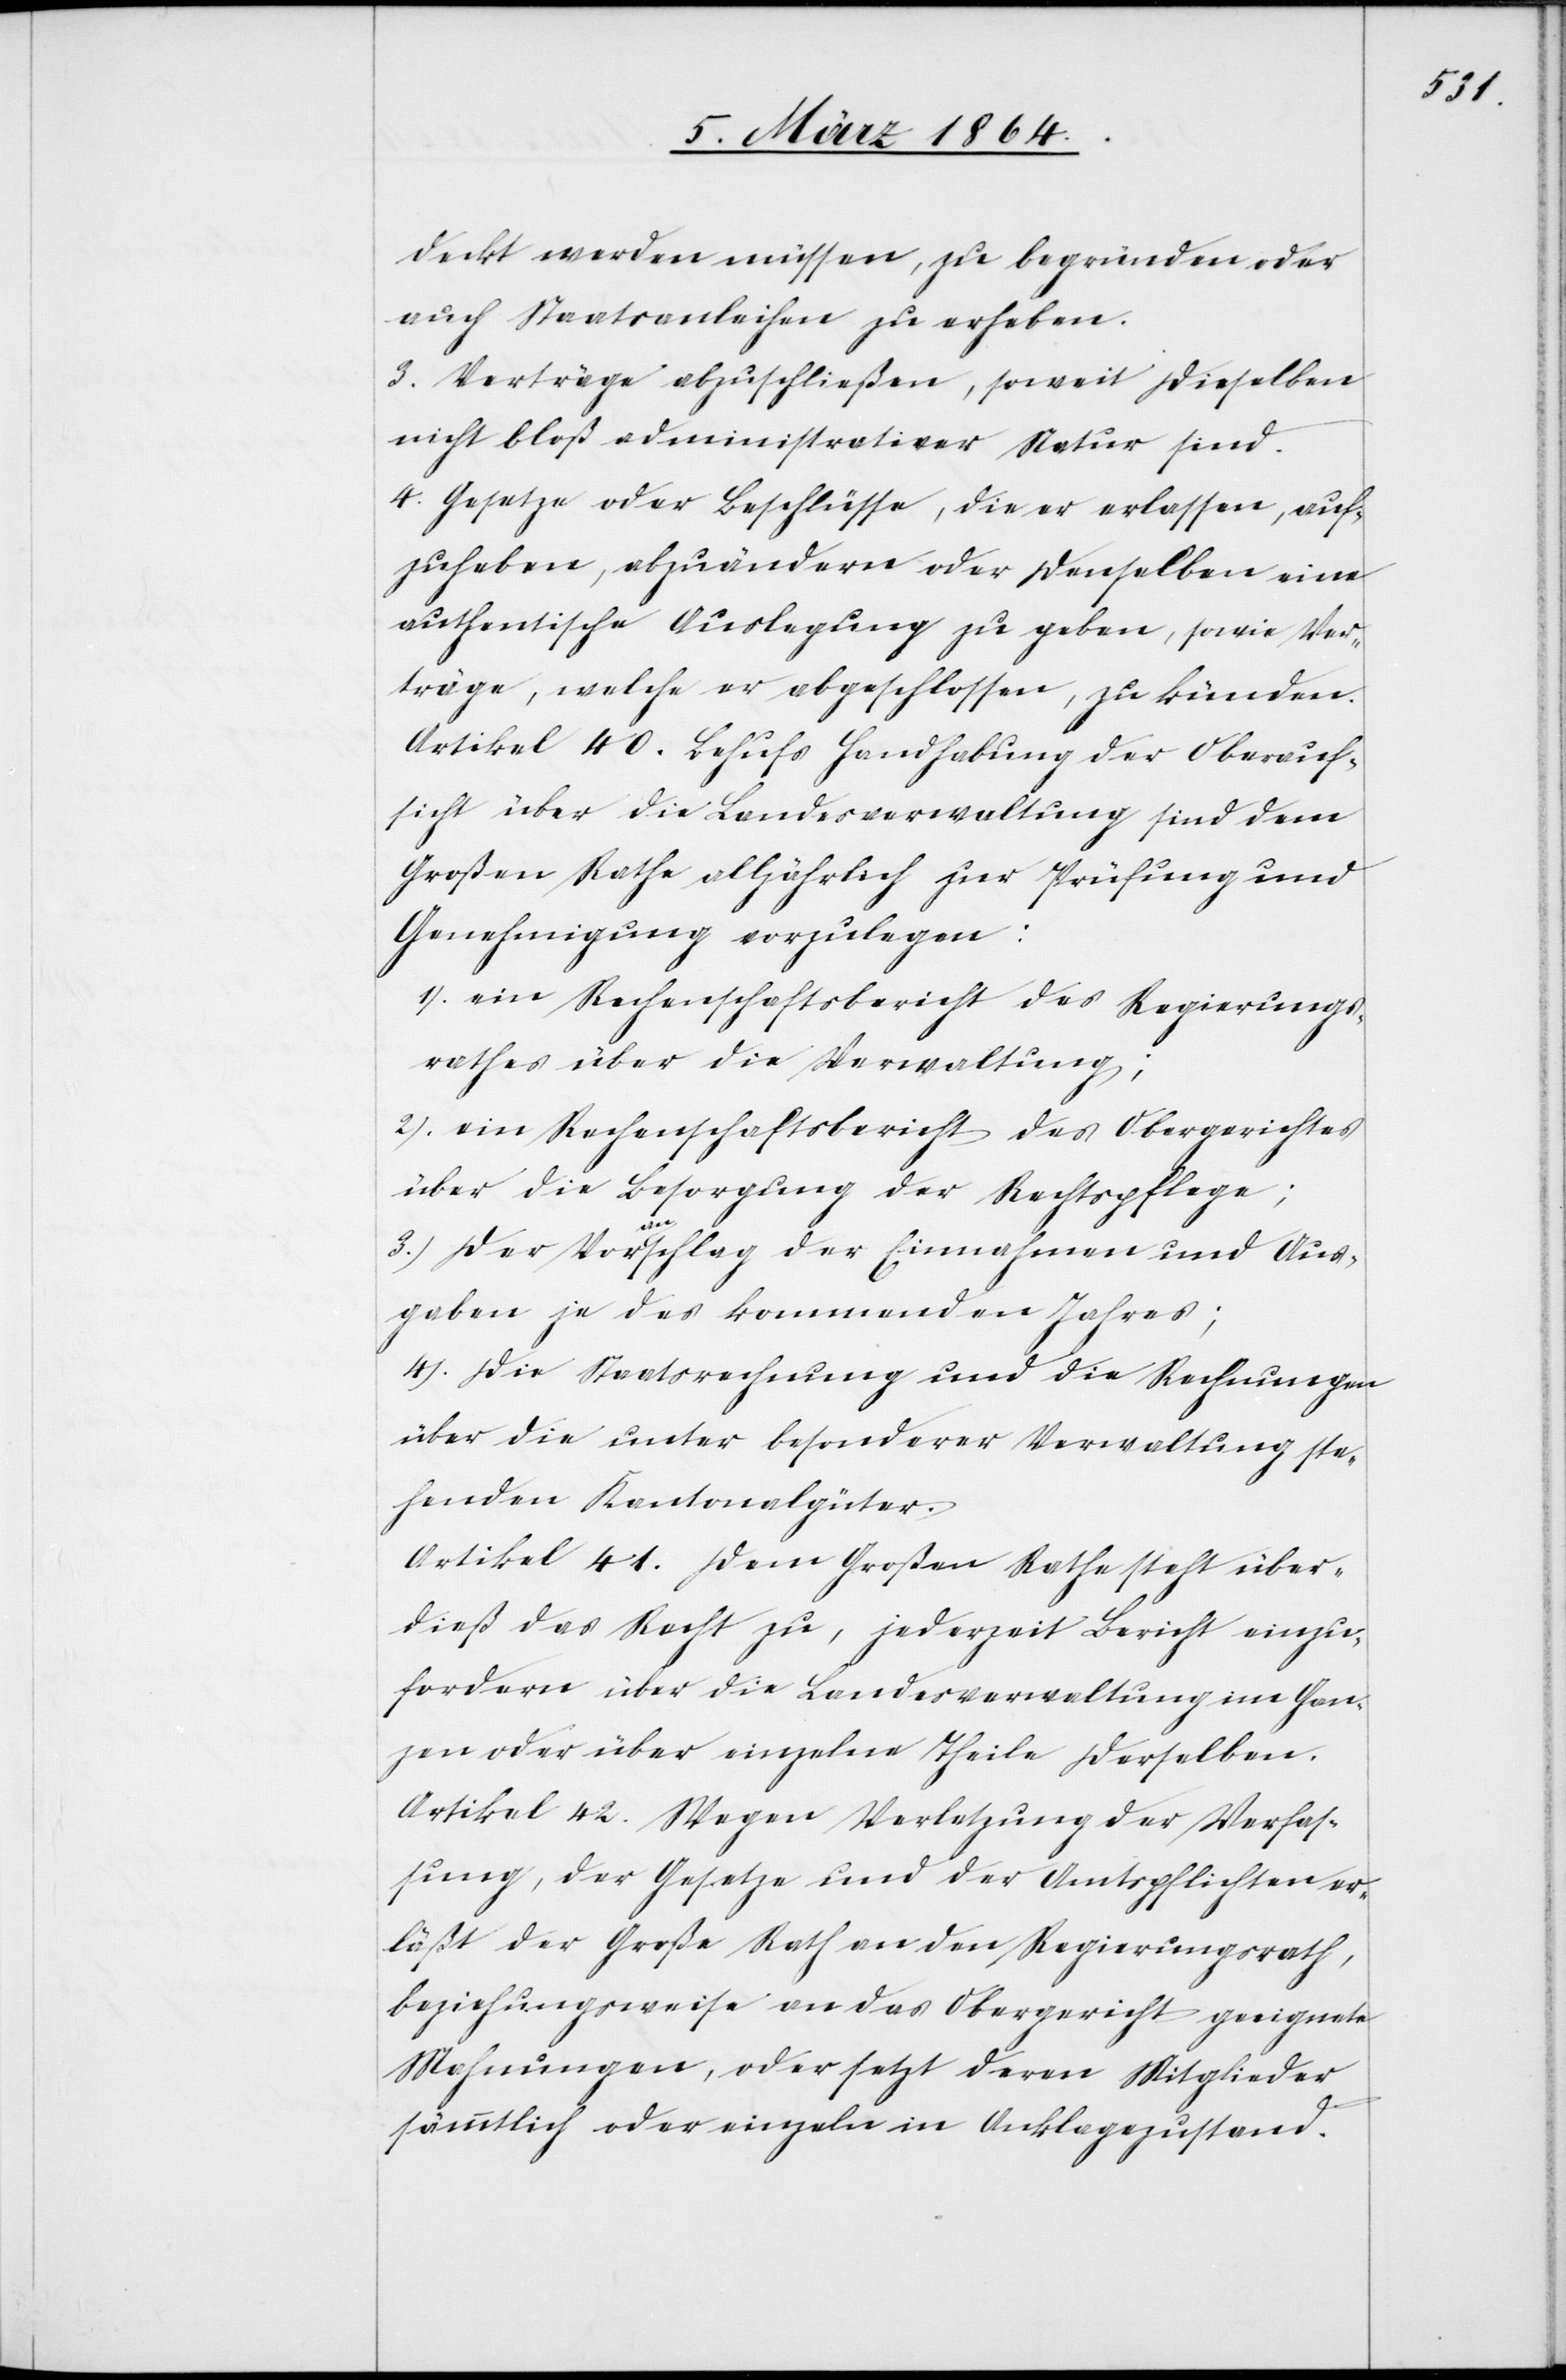
deckt werden müssen, zu begründen oder
3. Verträge abzuschließen, soweit dieselben
nicht bloß administrativer Natur sind.
4. Gesetze oder Beschlüsse, die er erlassen, auf¬
zuheben, abzuändern oder denselben eine
authentische Auslegung zu geben, sowie Ver¬
träge, welche er abgeschlossen, zu künden.
Artikel 40. Behufs Handhabung der Oberauf¬
sicht über die Landesverwaltung sind dem
Großen Rathe alljährlich zur Prüfung und
Genehmigung vorzulegen:
1.) ein Rechenschaftsbericht des Regierungs¬
rathes über die Verwaltung;
2.) ein Rechenschaftsbericht des Obergerichtes
über die Besorgung der Rechtspflege;
3.) Der Voranschlag der Einnahmen und Aus¬
gaben je des kommenden Jahres;
4.) Die Staatsrechnung und die Rechnungen
über die unter besonderer Verwaltung ste¬
henden Kantonalgüter.
Artikel 41. Dem Großen Rathe steht über¬
dieß das Recht zu, jederzeit Bericht einzu¬
fordern über die Landesverwaltung im Gan¬
zen oder über einzelne Theile derselben.
Artikel 42. Wegen Verletzung der Verfas¬
sung, der Gesetze und der Amtspflichten er¬
läßt der Große Rath an den Regierungsrath,
beziehungsweise an das Obergericht geeignete
Mahnungen, oder setzt deren Mitglieder
sämmtlich oder einzeln in Anklagezustand.